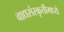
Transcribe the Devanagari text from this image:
वाद्यसंस्कृतीमध्ये